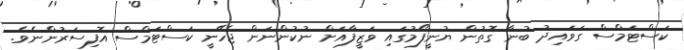
ކަސްޓަމްސް ގަވައިދު ބުނާ ގޮތުން ޔުނީފޯމުގައި ވަޒީފާއަށް ނުކުންނަން ޖެހޭނީ ކަސްޓަމްސް އޮފިސަރުންނެވެ.